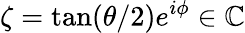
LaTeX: \zeta=\tan(\theta/2)e^{i\phi}\in\mathbb{C}